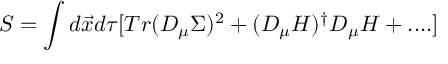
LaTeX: S = \int d \vec { x } d \tau [ T r ( D _ { \mu } \Sigma ) ^ { 2 } + ( D _ { \mu } H ) ^ { \dagger } D _ { \mu } H + . . . . ]